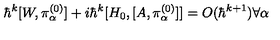
\hbar ^ { k } [ W , \pi _ { \alpha } ^ { ( 0 ) } ] + i \hbar ^ { k } [ H _ { 0 } , [ A , \pi _ { \alpha } ^ { ( 0 ) } ] ] = O ( \hbar ^ { k + 1 } ) \forall \alpha